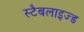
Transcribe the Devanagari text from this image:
स्टैबलाइज्ड